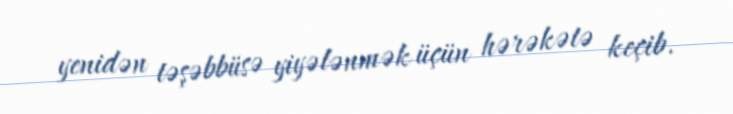
yenidən təşəbbüsə yiyələnmək üçün hərəkətə keçib.